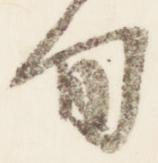
旬